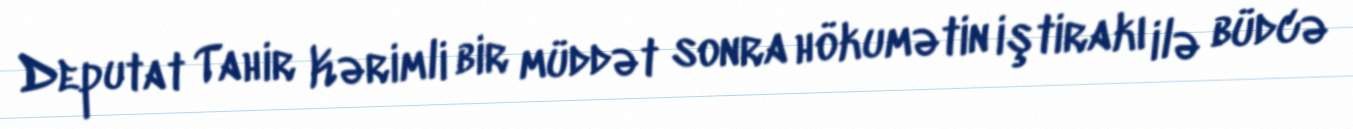
Deputat Tahir Kərimli bir müddət sonra hökumətin iştirakı ilə büdcə